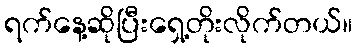
ရက်နေ့ဆိုပြီးရှေ့တိုးလိုက်တယ်။